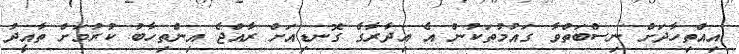
އިއްތިހާދަށް ނިސްބަތްވާ ގައުމުތަކުން އެ އިދާރާގެ ގޮނޑިއަށް ރާއްޖެ އިންތިހާބު ކުރުމަށް ތާއީދު